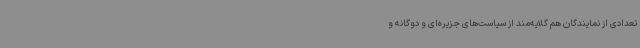
تعدادی از نمایندگان هم گلایه‌مند از سیاست‌های جزیره‌ای و دوگانه و